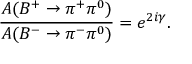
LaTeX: \frac { A ( B ^ { + } \to \pi ^ { + } \pi ^ { 0 } ) } { A ( B ^ { - } \to \pi ^ { - } \pi ^ { 0 } ) } = e ^ { 2 i \gamma } .